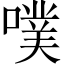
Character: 噗